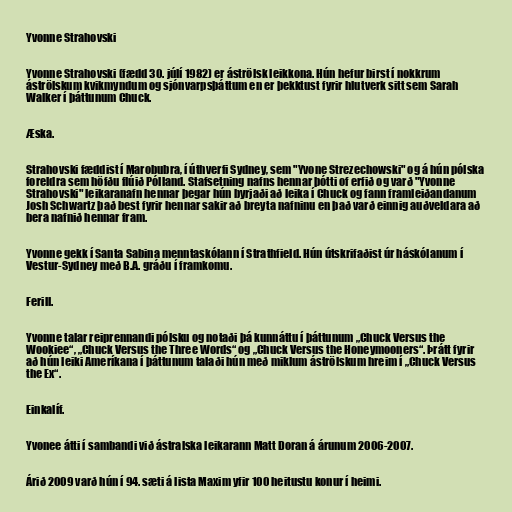
Yvonne Strahovski

Yvonne Strahovski (fædd 30. júlí 1982) er áströlsk leikkona. Hún hefur birst í nokkrum
áströlskum kvikmyndum og sjónvarpsþáttum en er þekktust fyrir hlutverk sitt sem Sarah
Walker í þáttunum Chuck.

Æska.

Strahovski fæddist í Marobubra, í úthverfi Sydney, sem "Yvone Strezechowski" og á hún pólska
foreldra sem höfðu flúið Pólland. Stafsetning nafns hennar þótti of erfið og varð "Yvonne
Strahovski" leikaranafn hennar þegar hún byrjaði að leika í Chuck og fann framleiðandanum
Josh Schwartz það best fyrir hennar sakir að breyta nafninu en það varð einnig auðveldara að
bera nafnið hennar fram.

Yvonne gekk í Santa Sabina menntaskólann í Strathfield. Hún útskrifaðist úr háskólanum í
Vestur-Sydney með B.A. gráðu í framkomu.

Ferill.

Yvonne talar reiprennandi pólsku og notaði þá kunnáttu í þáttunum „Chuck Versus the
Wookiee“, „Chuck Versus the Three Words“ og „Chuck Versus the Honeymooners“. Þrátt fyrir
að hún leiki Ameríkana í þáttunum talaði hún með miklum áströlskum hreim í „Chuck Versus
the Ex“.

Einkalíf.

Yvonee átti í sambandi við ástralska leikarann Matt Doran á árunum 2006-2007.

Árið 2009 varð hún í 94. sæti á lista Maxim yfir 100 heitustu konur í heimi.